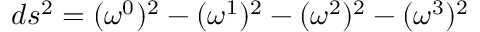
d s ^ { 2 } = ( { \omega } ^ { 0 } ) ^ { 2 } - ( { \omega } ^ { 1 } ) ^ { 2 } - ( { \omega } ^ { 2 } ) ^ { 2 } - ( { \omega } ^ { 3 } ) ^ { 2 }